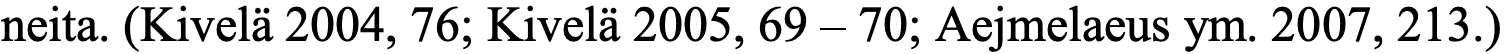
neita. (Kivelä 2004, 76; Kivelä 2005, 69 – 70; Aejmelaeus ym. 2007, 213.)